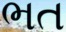
ભત